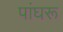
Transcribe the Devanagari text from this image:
पांघरू